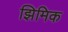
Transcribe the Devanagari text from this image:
झिमिक